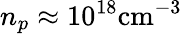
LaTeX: n_{p}\approx 10^{18}\mathrm{cm^{-3}}